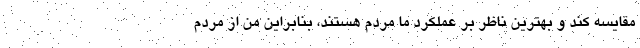
مقايسه كند و بهترين ناظر بر عملکرد ما مردم هستند، بنابراين من از مردم